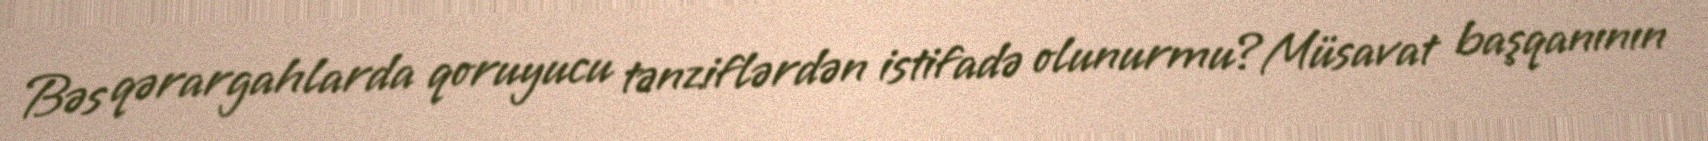
Bəs qərargahlarda qoruyucu tənziflərdən istifadə olunurmu?Müsavat başqanının